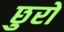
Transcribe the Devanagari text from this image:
छुरों